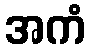
အကံ